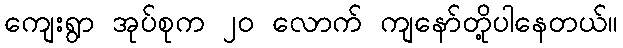
ကျေးရွာ အုပ်စုက ၂၀ လောက် ကျနော်တို့ပါနေတယ်။